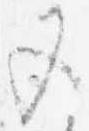
五